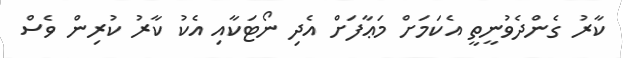
ކާރު ގެންދެވުނީތީ އެކަމަށް މަޢާފަށް އެދި ނޯޓަކާއި އެކު ކާރު ކުރިން ވެސް